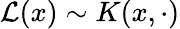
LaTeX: \mathcal{L}(x)\sim K(x,\cdot)